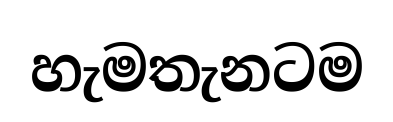
හැමතැනටම